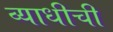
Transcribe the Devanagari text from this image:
व्याधीची